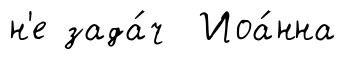
н'е зада́ч Иоа́нна